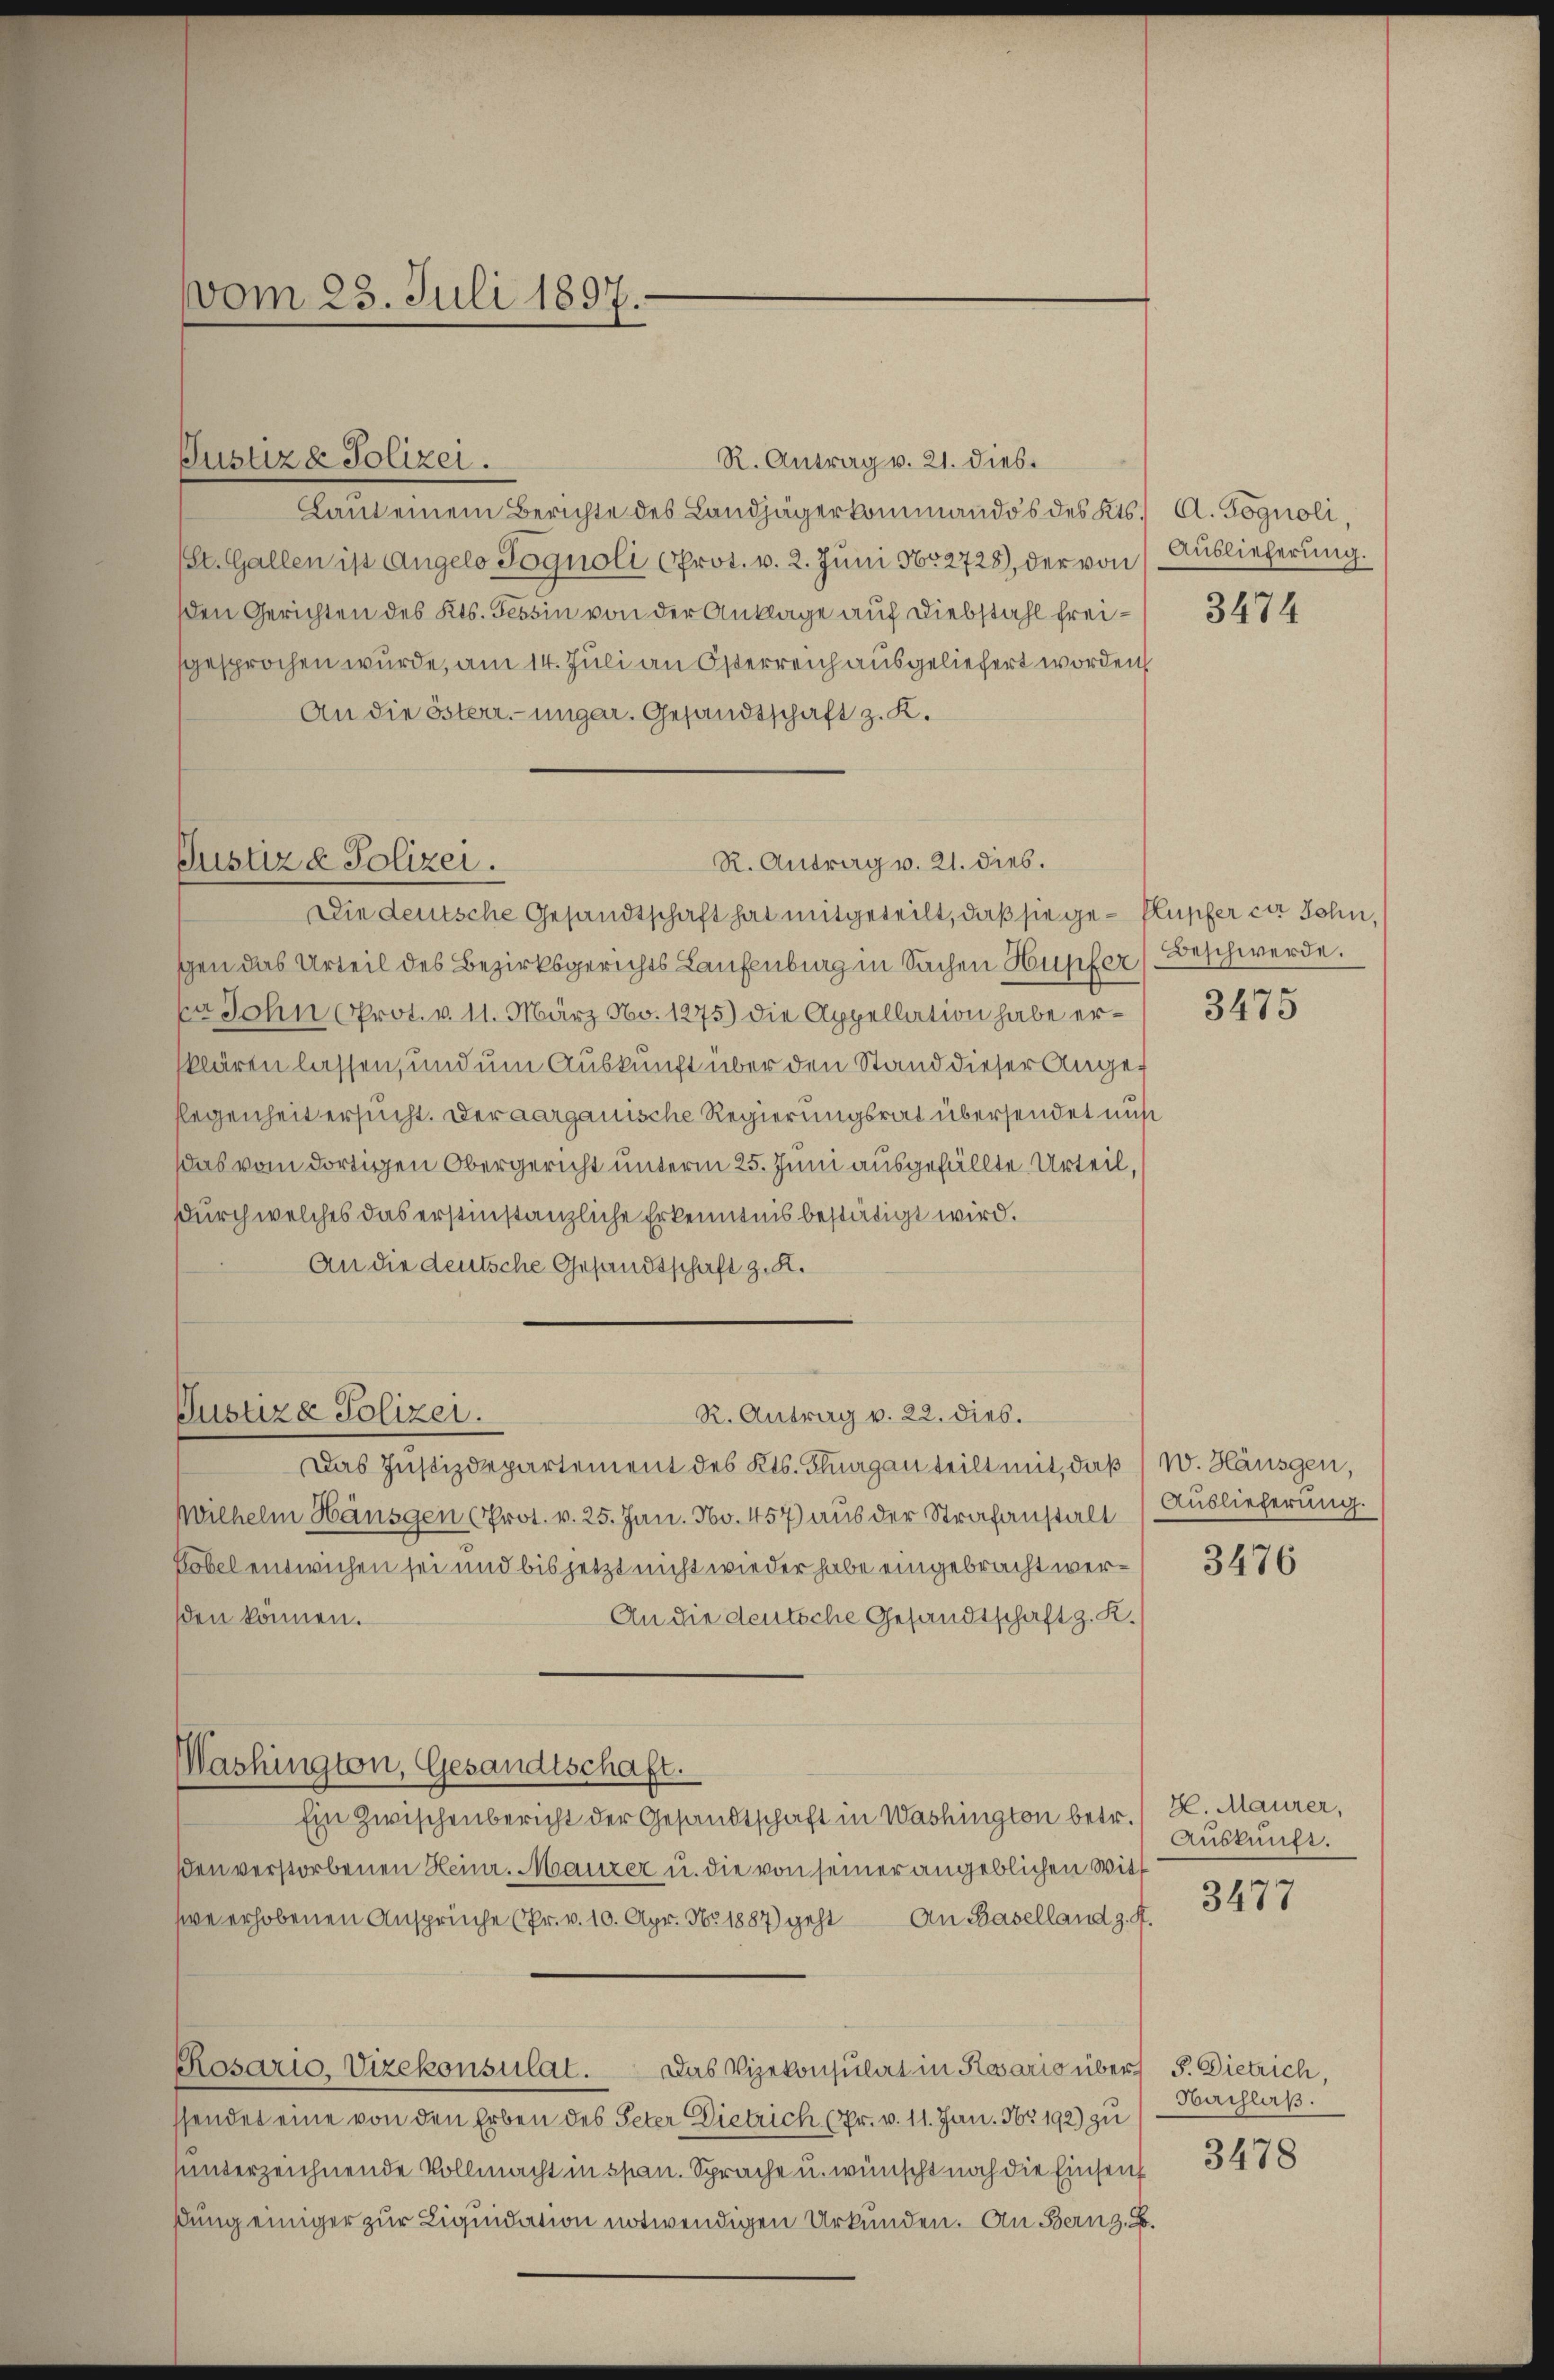
vom 23. Juli 1897.

Justiz & Polizei.

R. Antrag v. 21. dies
Laut einem Berichte des Landjägerkommandos des Kts. A. Pognoli,
St. Gallen ist Angelo Pognoli (Prot. v. 2. Juni 1852728), der von Auslieferung.
den Gerichten des Kts. Tessin von der Anklage auf Diebstahl freisgesprochen wurde, am 14. Juli an Österreich ausgeliefert worden
An die österr.-ungar. Gesandtschaft z. K.

Justiz & Polizei.

Pustiza Polizei.

R. Antrag v. 22. dies.

Die deutsche Gesandtschaft hat mitgeteilt, daß sie ge- Plupfer der Sohn,
schen das Urteil des Bezirksgerichts Laufenburg in Sachen Hupfer Beschwerde.
a John Prot. v. 11. März No. 1275) die Appellation habe erklären lassen, und um Auskunft über den Stand dieser Angeflegenheit ersucht. Der aargauische Regierungsrat übersendet mus
das vom dortigen Obergericht unterm 25. Juni ausgefällte Urteil,
durch welches das erstinstanzliche Erkenntnis bestätigt wird.
An die deutsche Gesandtschaft z. K.
Das Justizdepartement des Kts. Flurgau teilt mit, daß W. Hausgen,
Wilhelm Hänsgen (Prot. v. 25. Jan. No. 457) aus der Strafanstalt Auslieferung.
Vobel entwichen sei und bis jetzt nicht wieder habe eingebracht wersden können.
An die deutsche Gesandtschaft z. R.
Washington, Gesandtschaft.
Ein Zwischenbericht der Gesandtschaft in Washington betr. / H. Maurer,
en verstorbenen Heinr. Manzer u. die von seiner angeblichen Witt
we erhobenen Ansprüche (Pr. v. 10. Apr. No 1887) geht an Baselland z. R.
Das Vizekonsulat in Kossario über
Rosario, Vizekonsulat.
ssendet eine von den Erben des Peter Dietrich (Pr. v. 11. Jan. 16. 192) zu
unterzeichnende Vollmacht in span. Sprache u. wünscht noch die Einsenh
dung einiger zur Liquidation notwendigen Urkunden. An Bern z. B.

R. Antrag v. 21. dies.

3474

3475

3476

Auskunft.

3477

5. Dietrich,
Nachlaß.

3478